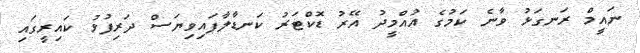
ނައީމް ރަނގަޅު ވާނެ ކަމުގެ އުއްމީދު އޭރު ޑޮކްޓަރު ކަނޑާލާފައިވިޔަސް ދަރިފުޅު ކައިރީގައި